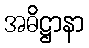
အဓိဋ္ဌာနာ